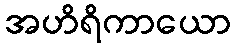
အဟိရိကာယော